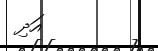
އަދި